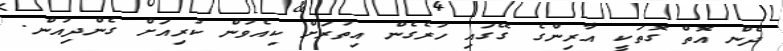
ދެން އޮތް ގޮތަކީ އާރިންގެ ގޭގައި ހުރެގެން އިތުރަށް ކިއެވުން ކުރިއަށް ގެންދިއުން.